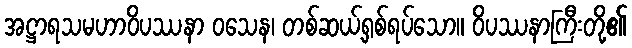
အဋ္ဌာရသမဟာဝိပဿနာ ဝသေန၊ တစ်ဆယ့်ရှစ်ရပ်သော။ ဝိပဿနာကြီးတို့၏